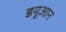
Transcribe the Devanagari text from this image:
डयूआन